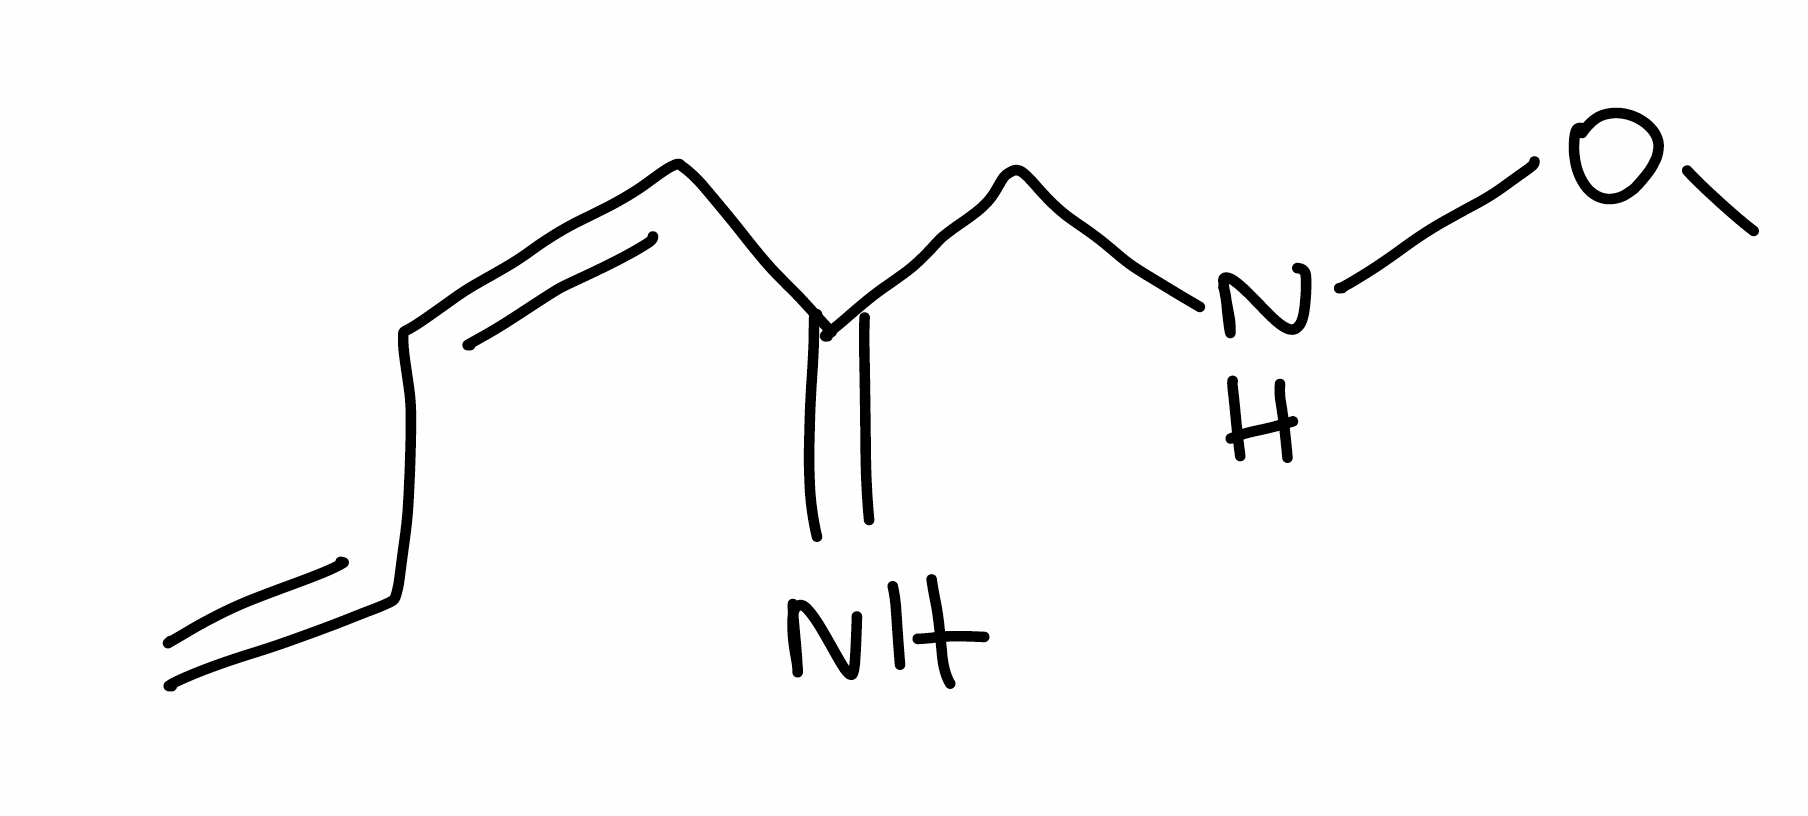
Simplified molecular-input line-entry system (SMILES) notation of the given molecule:
CONCC(=N)/C=C\C=C